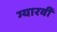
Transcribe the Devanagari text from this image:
ग्यारवीँ